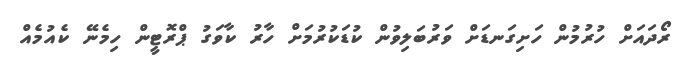
ރޯދައަށް ހުރުމުން ހަށިގަނޑަށް ވަރުބަލިވުން ކުޑަކުރުމަށް ހާރު ކާވަގު ޕްރޮޓީން ހިމެނޭ ކެއުމެއް